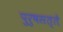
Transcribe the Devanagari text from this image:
पुरुषसत्ते